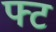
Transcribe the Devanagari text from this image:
फ्ट